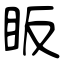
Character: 眅